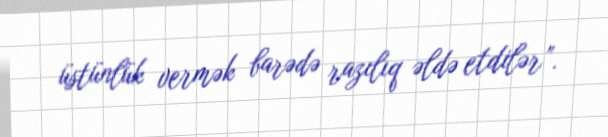
üstünlük vermək barədə razılıq əldə etdilər”.